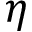
\eta